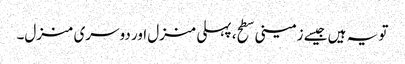
تو یہ ہیں جیسے زمینی سطح، پہلی منزل اور دوسری منزل۔